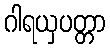
ဂါရယှပတ္တာ